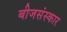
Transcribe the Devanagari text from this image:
बीजसंस्कार